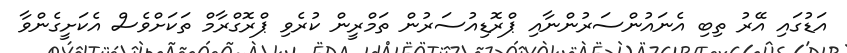
އަޑުގައި އޭރު ތިބި އެނައުންސަރުންނާއި ޕްރޮޑިއުސަރުން ތަމްރީން ކުރެވި ޕްރޮގްރާމް ތަކަށްވެސް އެކަށީގެންވާ